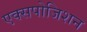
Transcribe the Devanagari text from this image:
एक्सपोजिशन